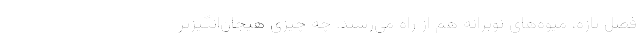
فصل تازه، میوه‌های نوبرانه هم از راه می‌رسند. چه چیزی هیجان‌انگیزتر